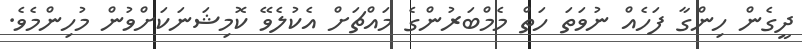
ދީގެން ހިންގާ ފަހެއް ނުވަތަ ހަތް މެމްބަރުންގެ މައްޗަށް އެކުލެވޭ ކޮމިޝަނަކަށްވުން މުހިންމެވެ.